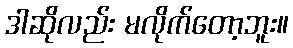
ဒါဆိုလည်း မလိုက်တော့ဘူး။